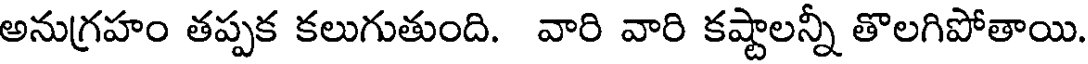
అనుగ్రహం తప్పక కలుగుతుంది. వారి వారి కష్టాలన్నీ తొలగిపోతాయి.